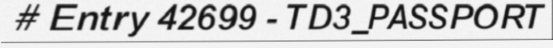
# Entry 42699 - TD3_PASSPORT